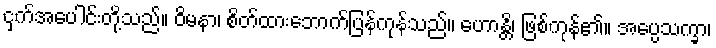
ငှက်အပေါင်းတို့သည်။ ဝိမနာ၊ စိတ်ထားဘောက်ပြန်ကုန်သည်။ ဟောန္တိ၊ ဖြစ်ကုန်၏။ အပ္ပေသက္ခာ၊